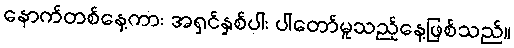
နောက်တစ်နေ့ကား အရှင်နှစ်ပါး ပါတော်မူသည့်နေ့ဖြစ်သည်။